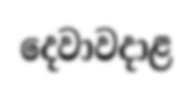
දෙවාවදාළ